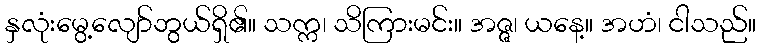
နှလုံးမွေ့လျော်ဘွယ်ရှိ၏။ သက္က၊ သိကြားမင်း။ အဇ္ဇ၊ ယနေ့။ အဟံ၊ ငါသည်။